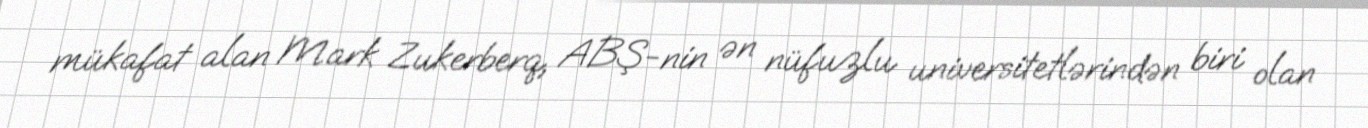
mükafat alan Mark Zukerberq, ABŞ-nin ən nüfuzlu universitetlərindən biri olan